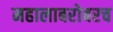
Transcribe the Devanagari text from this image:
महालाबरोबरच